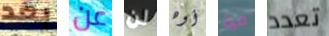
بعد عن لن أوه مرة تعدد